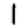
Digit: 1